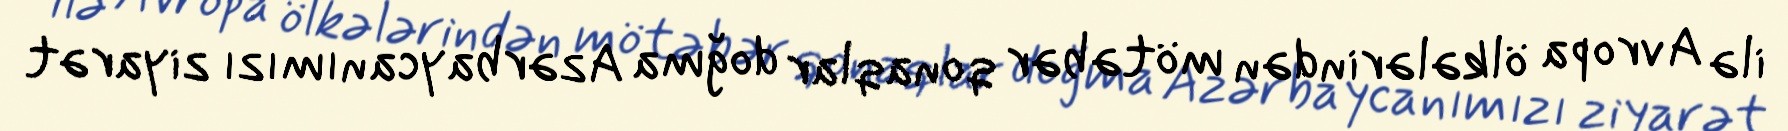
ilə Avropa ölkələrindən mötəbər qonaqlar doğma Azərbaycanımızı ziyarət